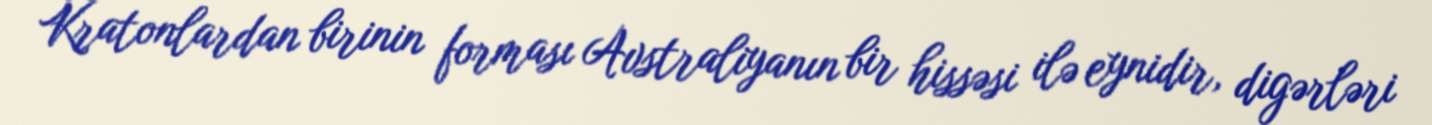
Kratonlardan birinin forması Avstraliyanın bir hissəsi ilə eynidir, digərləri